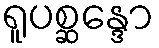
ရူပစ္ဆန္ဒော